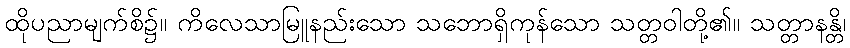
ထိုပညာမျက်စိ၌။ ကိလေသာမြူနည်းသော သဘောရှိကုန်သော သတ္တဝါတို့၏။ သတ္တာနန္တိ၊